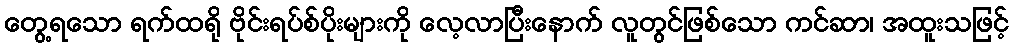
တွေ့ရသော ရက်ထရို ဗိုင်းရပ်စ်ပိုးများကို လေ့လာပြီးနောက် လူတွင်ဖြစ်သော ကင်ဆာ၊ အထူးသဖြင့်